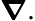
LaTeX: \boldsymbol{\nabla}.